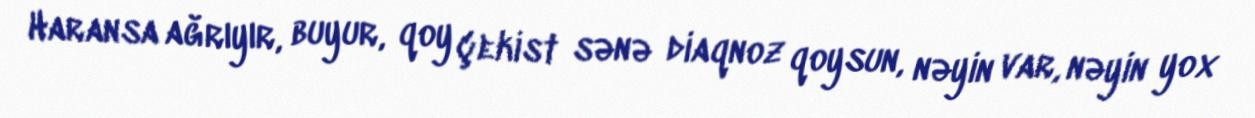
Haransa ağrıyır, buyur, qoy çekist sənə diaqnoz qoysun, nəyin var, nəyin yox